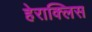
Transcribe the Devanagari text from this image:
हेराक्लिस